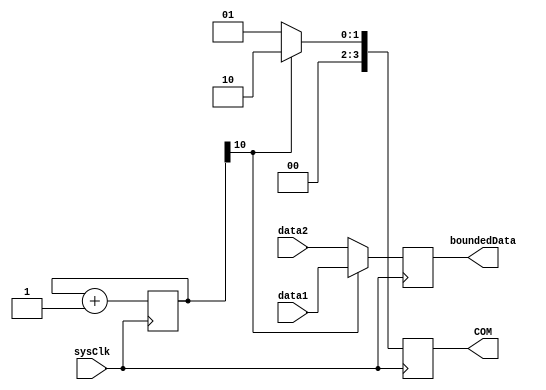
module scanComDriver(
    input sysClk,
    input [3:0]data1,
    input [3:0]data2,
    output reg [3:0]boundedData,
    output reg [3:0]COM);
reg [10:0]flip;
always @ (posedge sysClk) begin 
    if(flip[10]) begin
        boundedData<=data1;
        COM<=2'b10;
        flip<=flip+1;
    end
    else begin
        boundedData<=data2;
        COM<=2'b01;
        flip<=flip+1;
    end
end
endmodule